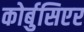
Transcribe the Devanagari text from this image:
कोर्बुसिएर